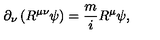
\partial _ { \nu } \left( R ^ { \mu \nu } \psi \right) = \frac { m } { i } R ^ { \mu } \psi ,